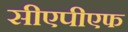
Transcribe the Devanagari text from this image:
सीएपीएफ